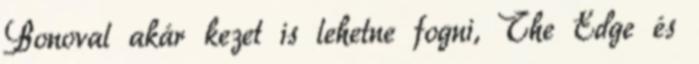
Bonoval akár kezet is lehetne fogni, The Edge és